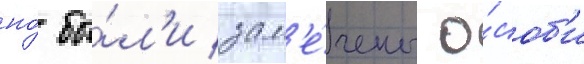
но́ бы́л'и зам'е́чены о́соб'и